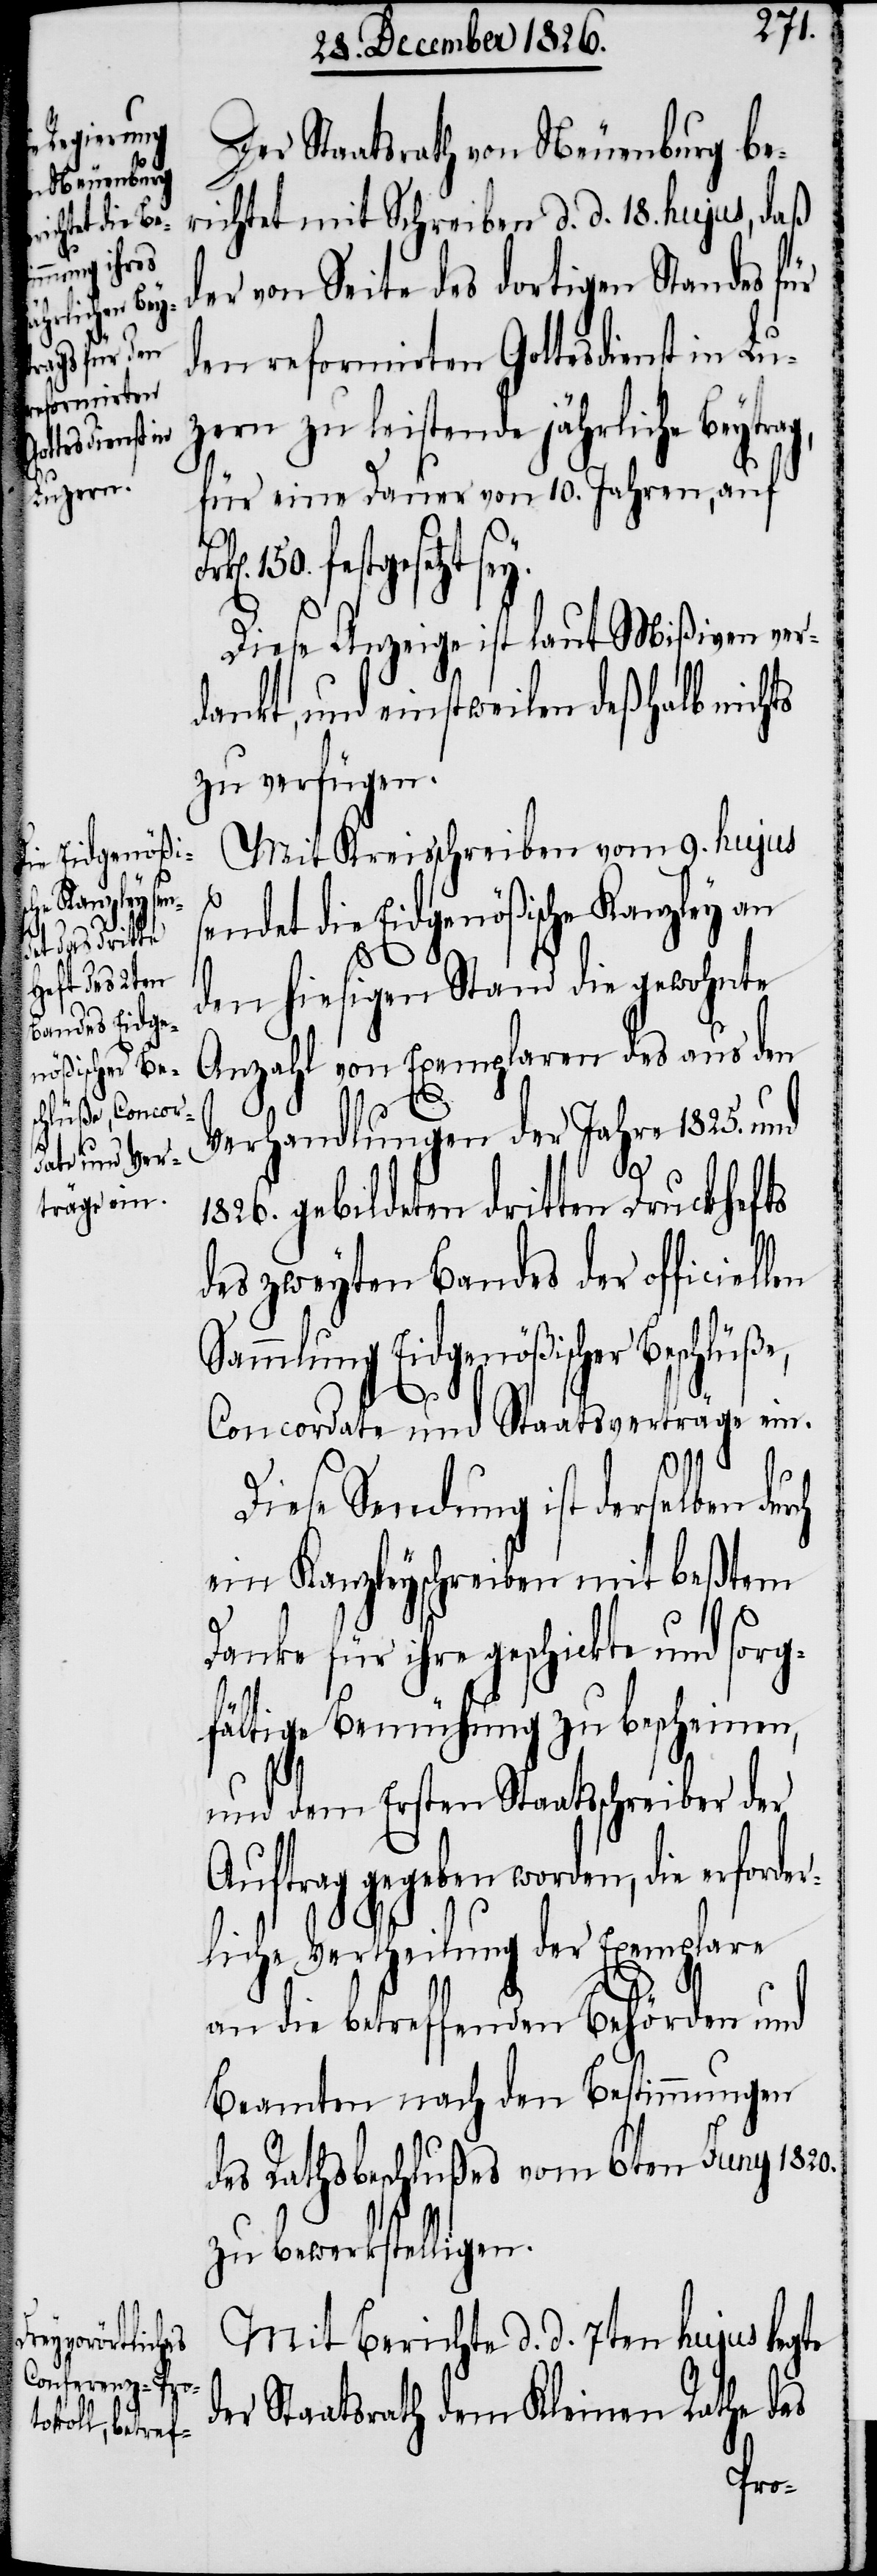
Luzern

Der Staatsrath von Neuenburg be¬
richtet mit Schreiben d. d. 18. hujus, daß
der von Seite des dortigen Standes für
den reformirten Gottesdienst in
zu leistende jährliche Beytr¬
für eine Dauer von 10. Jahren, auf
festgesetzt sey.
Diese Anzeige ist laut Mißiven ver¬
dankt, und einstweilen deßhalb nichts
zu verfügen.
Mit Kreisschreiben vom 9. hujus
sendet die Eidgenößische Kanzley an
den hiesigen Stand die gewohnte
Anzahl von Exemplaren des aus den
Verhandlungen der Jahre 1825. und
1826. gebildeten dritten Druckhefts
des zweyten Bandes der officiellen
Sammlung Eidgenößischer Beschlüße,
ag,
Concordate und Staatsverträge ein.
Diese Sendung ist derselben durch
ein Kanzleyschreiben mit beßtem
Danke für ihre geschickte und sorg¬
fältige Bemühung zu bescheinen,
und dem Ersten Staatsschreiber der
Auftrag gegeben worden, die erforder¬
liche Vertheilung der Exemplare
an die betreffenden Behörden und
Beamten nach den Bestimmungen
des Rathsbeschlußes vom 6ten Juny 1820.
zu bewerkstelligen.
Mit Bericht d. d. 7ten hujus legte
der Staatsrath dem Kleinen Rathe das